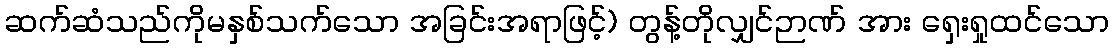
ဆက်ဆံသည်ကိုမနှစ်သက်သော အခြင်းအရာဖြင့်) တွန့်တိုလျှင်ဉာဏ် အား ရှေးရှုထင်သော